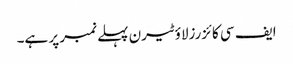
ایف سی کائزرزلاؤٹیرن پہلے نمبر پر ہے۔